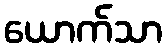
ယောက်သာ